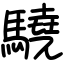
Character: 驍